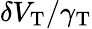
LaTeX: \delta V_{\mathrm{T}}/\gamma_{\mathrm{T}}